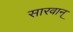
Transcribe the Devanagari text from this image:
सारवान्‌